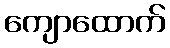
ကျောထောက်